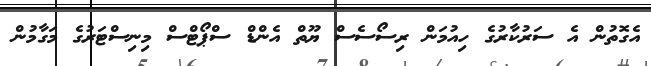
އެގޮތުން އެ ސަރުކާރުގެ ހިއުމަން ރިސޯސެސް ޔޫތް އެންޑް ސްޕޯޓްސް މިނިސްޓަރުގެ މަގާމުން